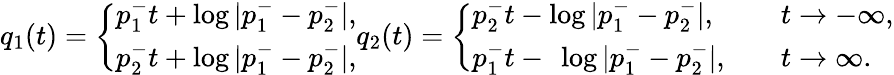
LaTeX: q_{1}(t)=\left\{ \begin{array}{ll}{p_{1}^{-}t+\log|p_{1}^{-}-p_{2}^{-}|,}\\ {p_{2}^{-}t+\log|p_{1}^{-}-p_{2}^{-}|,}\end{array}\right.q_{2}(t)=\left\{ \begin{array}{ll}{p_{2}^{-}t-\log|p_{1}^{-}-p_{2}^{-}|,}&{\quad t\to-\infty,}\\ {p_{1}^{-}t-\ \log|p_{1}^{-}-p_{2}^{-}|,}&{\quad t\to\infty.}\end{array}\right.